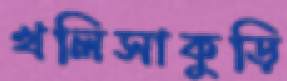
খলিসাকুড়ি